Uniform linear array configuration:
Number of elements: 4
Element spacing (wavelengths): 1
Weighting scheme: hamming
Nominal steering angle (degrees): -60
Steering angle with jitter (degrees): -58.549
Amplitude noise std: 0.05
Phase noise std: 0.05

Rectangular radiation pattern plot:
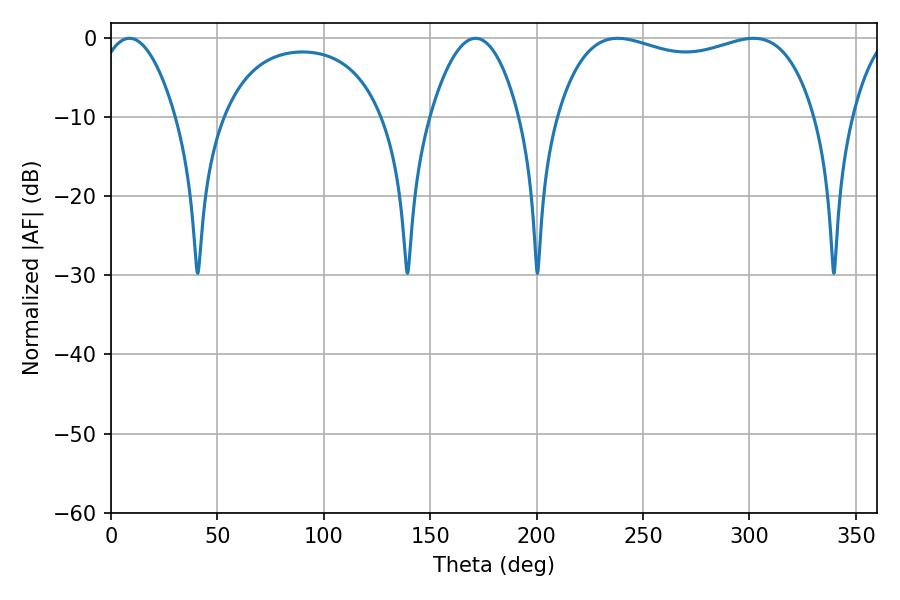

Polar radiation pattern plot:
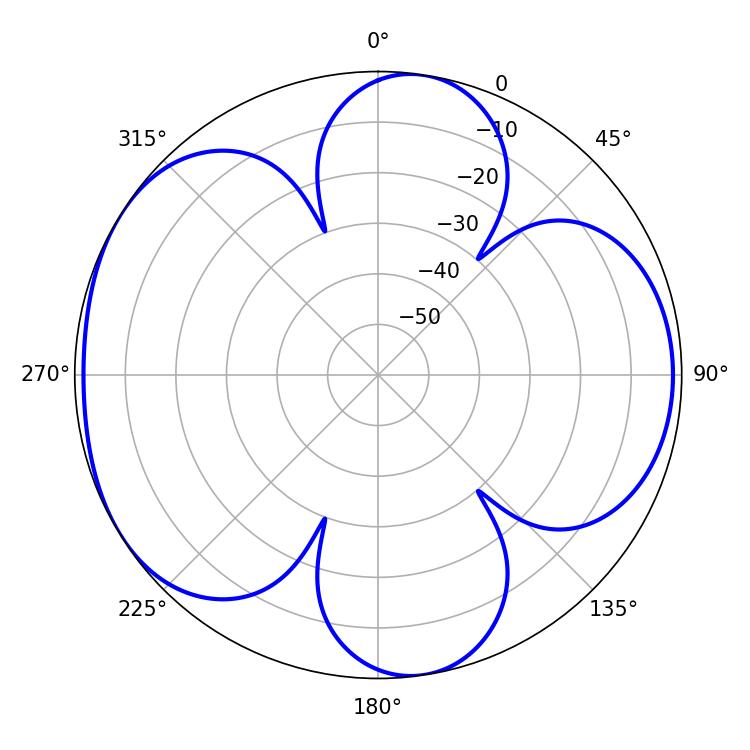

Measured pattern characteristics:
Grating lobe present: TRUE
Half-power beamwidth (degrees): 98.64
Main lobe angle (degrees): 238.14